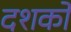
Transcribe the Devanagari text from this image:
दशर्कों